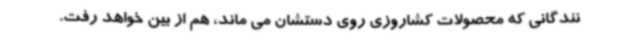
نندگانی که محصولات کشاروزی روی دستشان می ماند، هم از بین خواهد رفت.